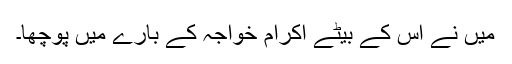
میں نے اس کے بیٹے اکرام خواجہ کے بارے میں پوچھا۔